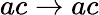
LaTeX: ac\rightarrow ac